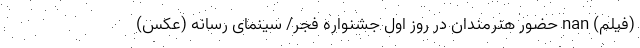
(فیلم) nan حضور هنرمندان در روز اول جشنواره فجر/ سینمای رسانه (عکس)